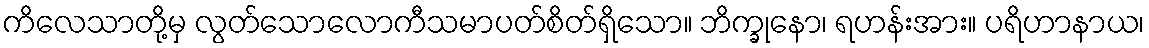
ကိလေသာတို့မှ လွတ်သောလောကီသမာပတ်စိတ်ရှိသော။ ဘိက္ခုနော၊ ရဟန်းအား။ ပရိဟာနာယ၊